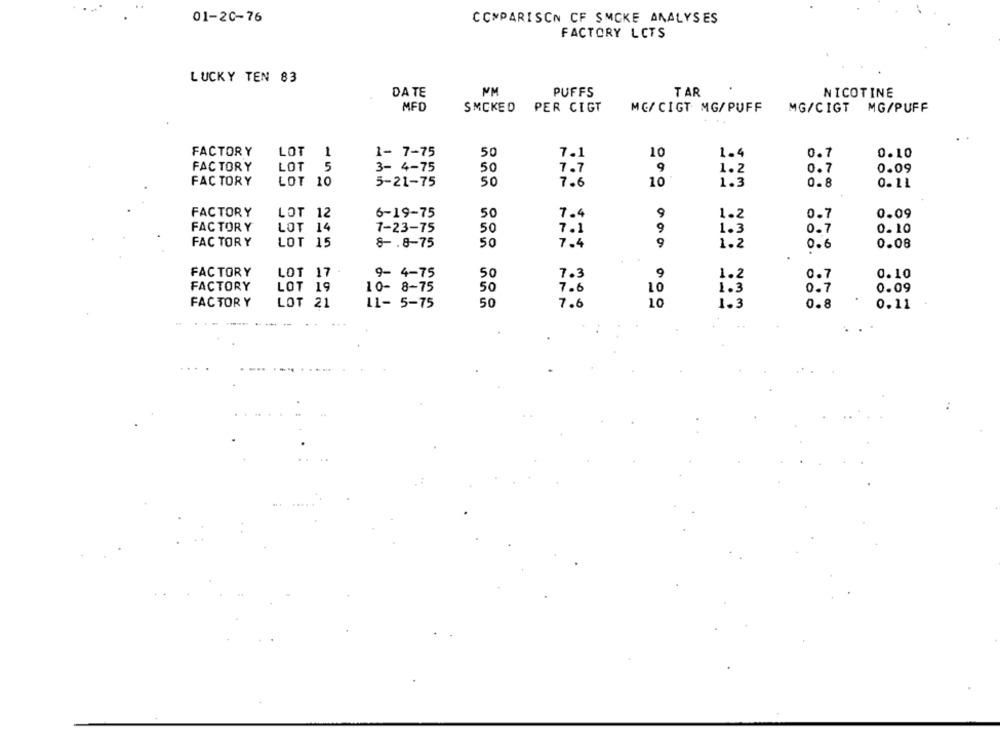
01-20-76
COMPARISON OF SMOKE ANALYSES
FACTORY LOTS
LUCKY TEN 83
NM
DATE
PUFFS
TAR
NICOTINE
MFD
SMCKED PER CIGT
MG/ CIGT MG/ PUFF
MG/CIGT MG/PUFF
FACTORY
1
LOT
1- 7-75
50
7.1
10
1.4
0.7
0.10
LOT
FACTORY
5
3- 4-75
50
7.7
9
1.2
0.7
0.09
10
FACTORY
LOT 10
5-21-75
50
7.6
1.3
0.8
0.11
FACTORY
LOT 12
6-19-75
50
7.4
9
1.2
0.7
0.09
FACTORY
LOT 14
7-23-75
50
7.1
9
1.3
0.7
0.10
FAC TORY
LOT 15
8 -. 8-75
50
7.4
9
1.2
0.6
0.08
FACTORY
LOT 17
9- 4-75
50
7.3
9
0.7
0.10
FACTORY
LOT 19
10- 8-75
50
7.6
10
0.7
0.09
1:3
FACTORY
LOT 21
11- 5-75
50
7.6
10
1.3
0.8
0.11